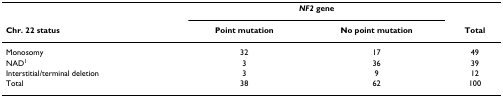
<table><thead><tr><td></td><td colspan="2"><b><i>NF2 </i>gene</b></td><td></td></tr><tr><td><b>Chr. 22 status</b></td><td><b>Point mutation</b></td><td><b>No point mutation</b></td><td><b>Total</b></td></tr></thead><tbody><tr><td>Monosomy</td><td>32</td><td>17</td><td>49</td></tr><tr><td>NAD<sup>1</sup></td><td>3</td><td>36</td><td>39</td></tr><tr><td>Interstitial/terminal deletion</td><td>3</td><td>9</td><td>12</td></tr><tr><td>Total</td><td>38</td><td>62</td><td>100</td></tr></tbody></table>